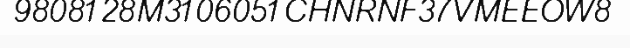
9808128M3106051CHNRNF37VMEEOW8